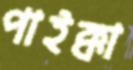
পাইক্কা